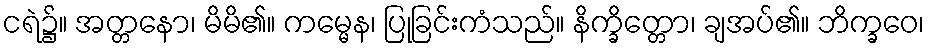
ငရဲ၌။ အတ္တနော၊ မိမိ၏။ ကမ္မေန၊ ပြုခြင်းကံသည်။ နိက္ခိတ္တော၊ ချအပ်၏။ ဘိက္ခဝေ၊